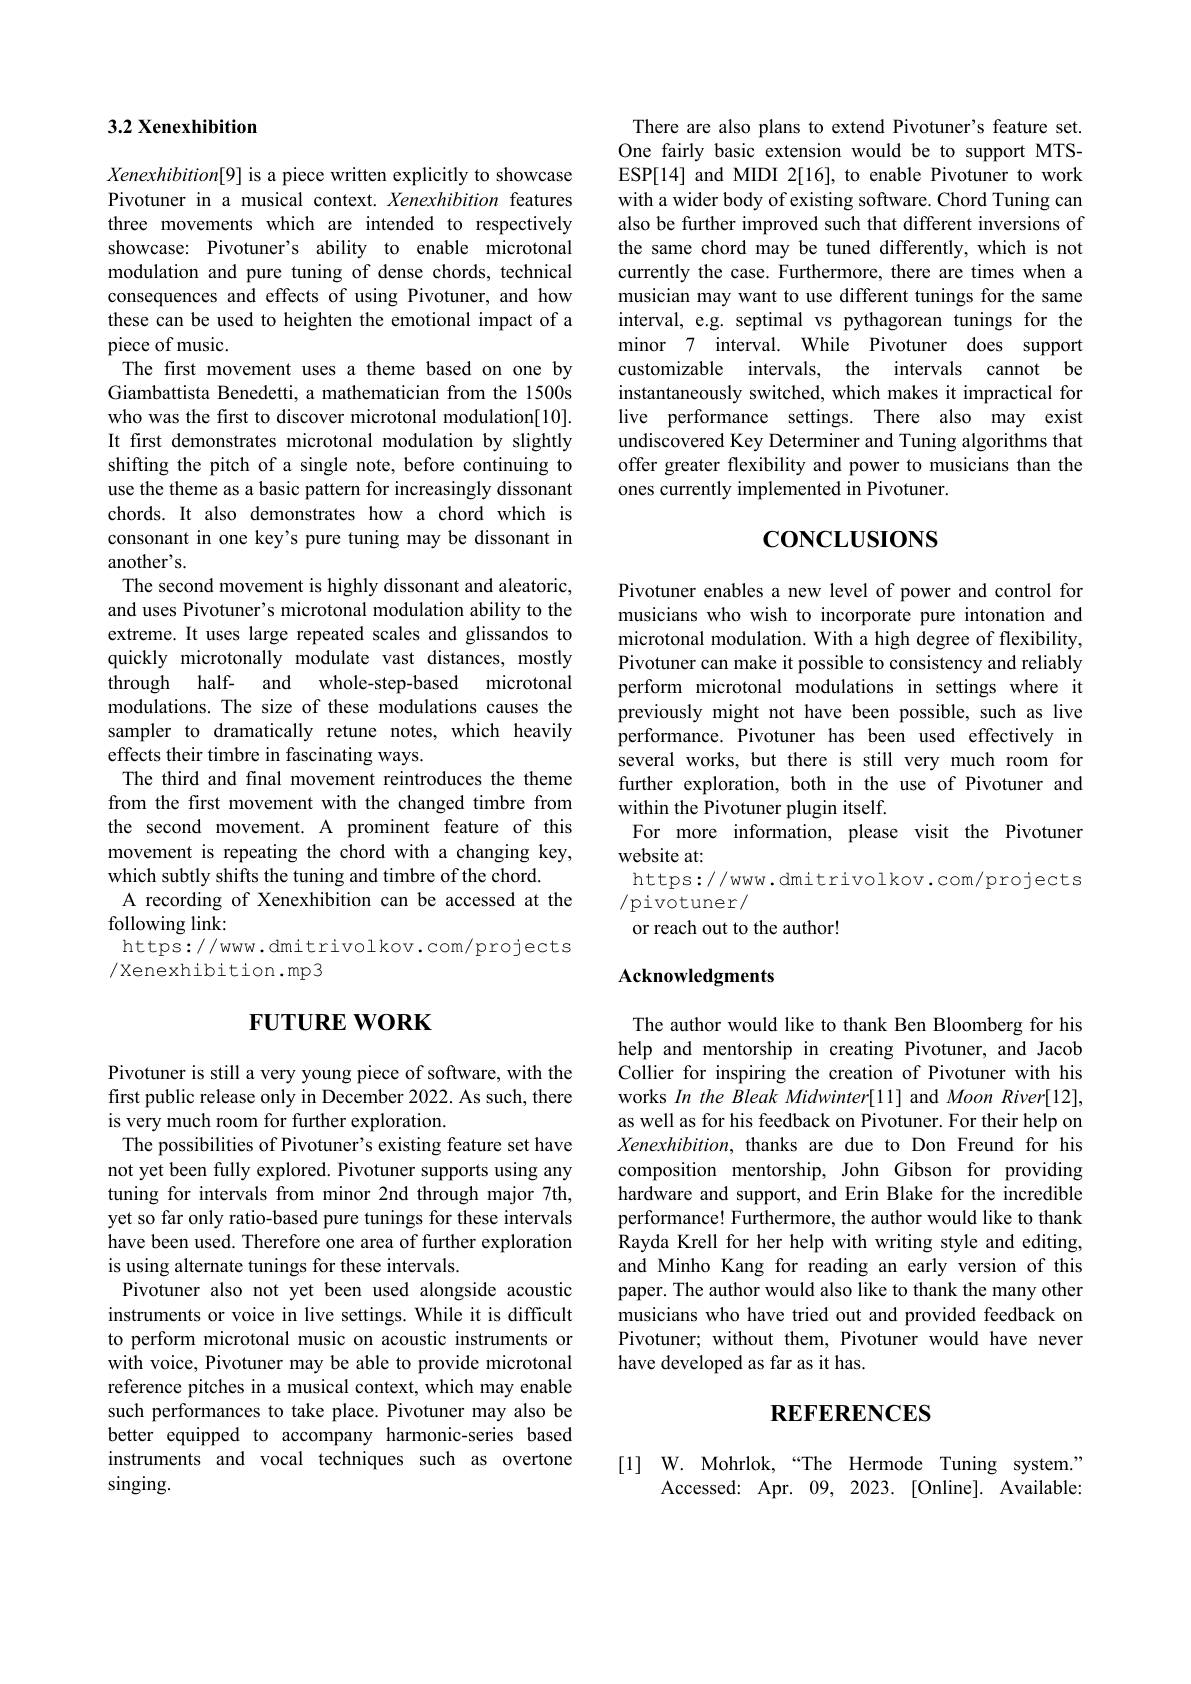
## 3.2 Xenexhibition

Xenexhibition[9] is a piece written explicitly to showcase Pivotuner in a musical context. Xenexhibition features three movements which are intended to respectively showcase: Pivotuner's ability to enable microtonal modulation and pure tuning of dense chords, technical consequences and effects of using Pivotuner, and how these can be used to heighten the emotional impact of a piece of music.
The first movement uses a theme based on one by Giambattista Benedetti, a mathematician from the 1500s who was the first to discover microtonal modulation[10]. It first demonstrates microtonal modulation by slightly shifting the pitch of a single note, before continuing to use the theme as a basic pattern for increasingly dissonant chords. It also demonstrates how a chord which is consonant in one key's pure tuning may be dissonant in another's.
The second movement is highly dissonant and aleatoric, and uses Pivotuner's microtonal modulation ability to the extreme. It uses large repeated scales and glissandos to quickly microtonally modulate vast distances, mostly
microtonal
through half- and whole-step-based
modulations. The size of these modulations causes the sampler to dramatically retune notes, which heavily effects their timbre in fascinating ways.
The third and final movement reintroduces the theme from the first movement with the changed timbre from the second movement. A prominent feature of this movement is repeating the chord with a changing key, which subtly shifts the tuning and timbre of the chord.
A recording of Xenexhibition can be accessed at the
following link:
https://www.dmitrivolkov.com/projects
/Xenexhibition.mp3

# $FUTUREWORK$

Pivotuner is still a very young piece of software, with the first public release only in December 2022. As such, there is very much room for further exploration.
The possibilities of Pivotuner's existing feature set have not yet been fully explored. Pivotuner supports using any tuning for intervals from minor 2nd through major 7th, yet so far only ratio-based pure tunings for these intervals have been used. Therefore one area of further exploration is using alternate tunings for these intervals.
Pivotuner also not yet been used alongside acoustic instruments or voice in live settings. While it is difficult to perform microtonal music on acoustic instruments or with voice, Pivotuner may be able to provide microtonal reference pitches in a musical context, which may enable such performances to take place. Pivotuner may also be better equipped to accompany harmonic-series based instruments and vocal techniques such as overtone $\sin$ging.

There are also plans to extend Pivotuner's feature set. One fairly basic extension would be to support MTSESP[14] and MIDI 2[16], to enable Pivotuner to work with a wider body of existing software. Chord Tuning can also be further improved such that different inversions of the same chord may be tuned differently, which is not currently the case. Furthermore, there are times when a musician may want to use different tunings for the same interval, e.g. septimal vs pythagorean tunings for the minor 7 interval. While Pivotuner does support customizable intervals, the intervals cannot be instantaneously switched, which makes it impractical for live performance settings. There also may exist $\hat{\text{undiscovered Key Determiner and Tuning algorithms that}}$ offer greater flexibility and power to musicians than the ones currently implemented in Pivotuner.

# $\mathbf{CONCLUSIONS}$

Pivotuner enables a new level of power and control for musicians who wish to incorporate pure intonation and microtonal modulation. With a high degree of flexibility, Pivotuner can make it possible to consistency and reliably perform microtonal modulations in settings where it previously might not have been possible, such as live performance. Pivotuner has been used effectively in several works, but there is still very much room for further exploration, both in the use of Pivotuner and within the Pivotuner plugin itself.
For more information, please visit the Pivotuner
website at:
https://www.dmitrivolkov.com/projects
/pivotuner/
or reach out to the author!

## Acknowledgments

The author would like to thank Ben Bloomberg for his help and mentorship in creating Pivotuner, and Jacob Collier for inspiring the creation of Pivotuner with his works In the Bleak Midwinter[1] and Moon River[12], as well as for his feedback on Pivotuner. For their help om Xenexhibition, thanks are due to Don Freund for his composition mentorship, John Gibson for providing hardware and support, and Erin Blake for the incredible performance! Furthermore, the author would like to thank Rayda Krell for her help with writing style and editing, and Minho Kang for reading an early version of this paper. The author would also like to thank the many other musicians who have tried out and provided feedback on Pivotuner; without them, Pivotuner would have never have developed as far as it has

# REFERENCES

[1] W. Mohrlok,“The Hermode Tuning system."
Accessed: Apr. 09,2023. [Online]. Available: